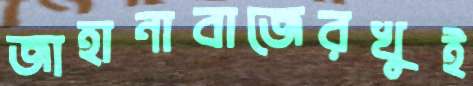
জাহানাবাজেরখুই